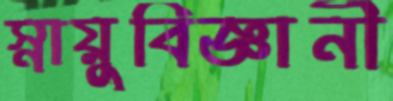
স্নায়ুবিজ্ঞানী